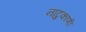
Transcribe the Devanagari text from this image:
नाटुकाणी